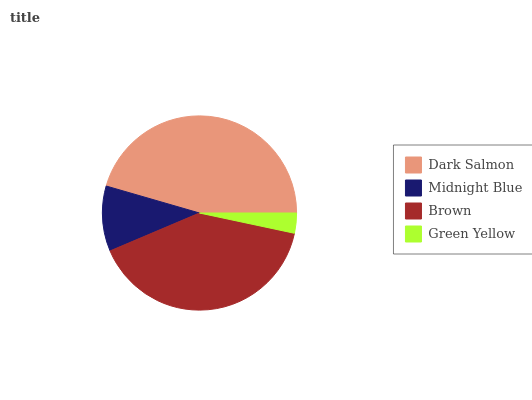
| Dark Salmon | Midnight Blue | Brown | Green Yellow |
 | --- | --- | --- | --- |
 | 45.5% | 10.9% | 40.3% | 3.34% |